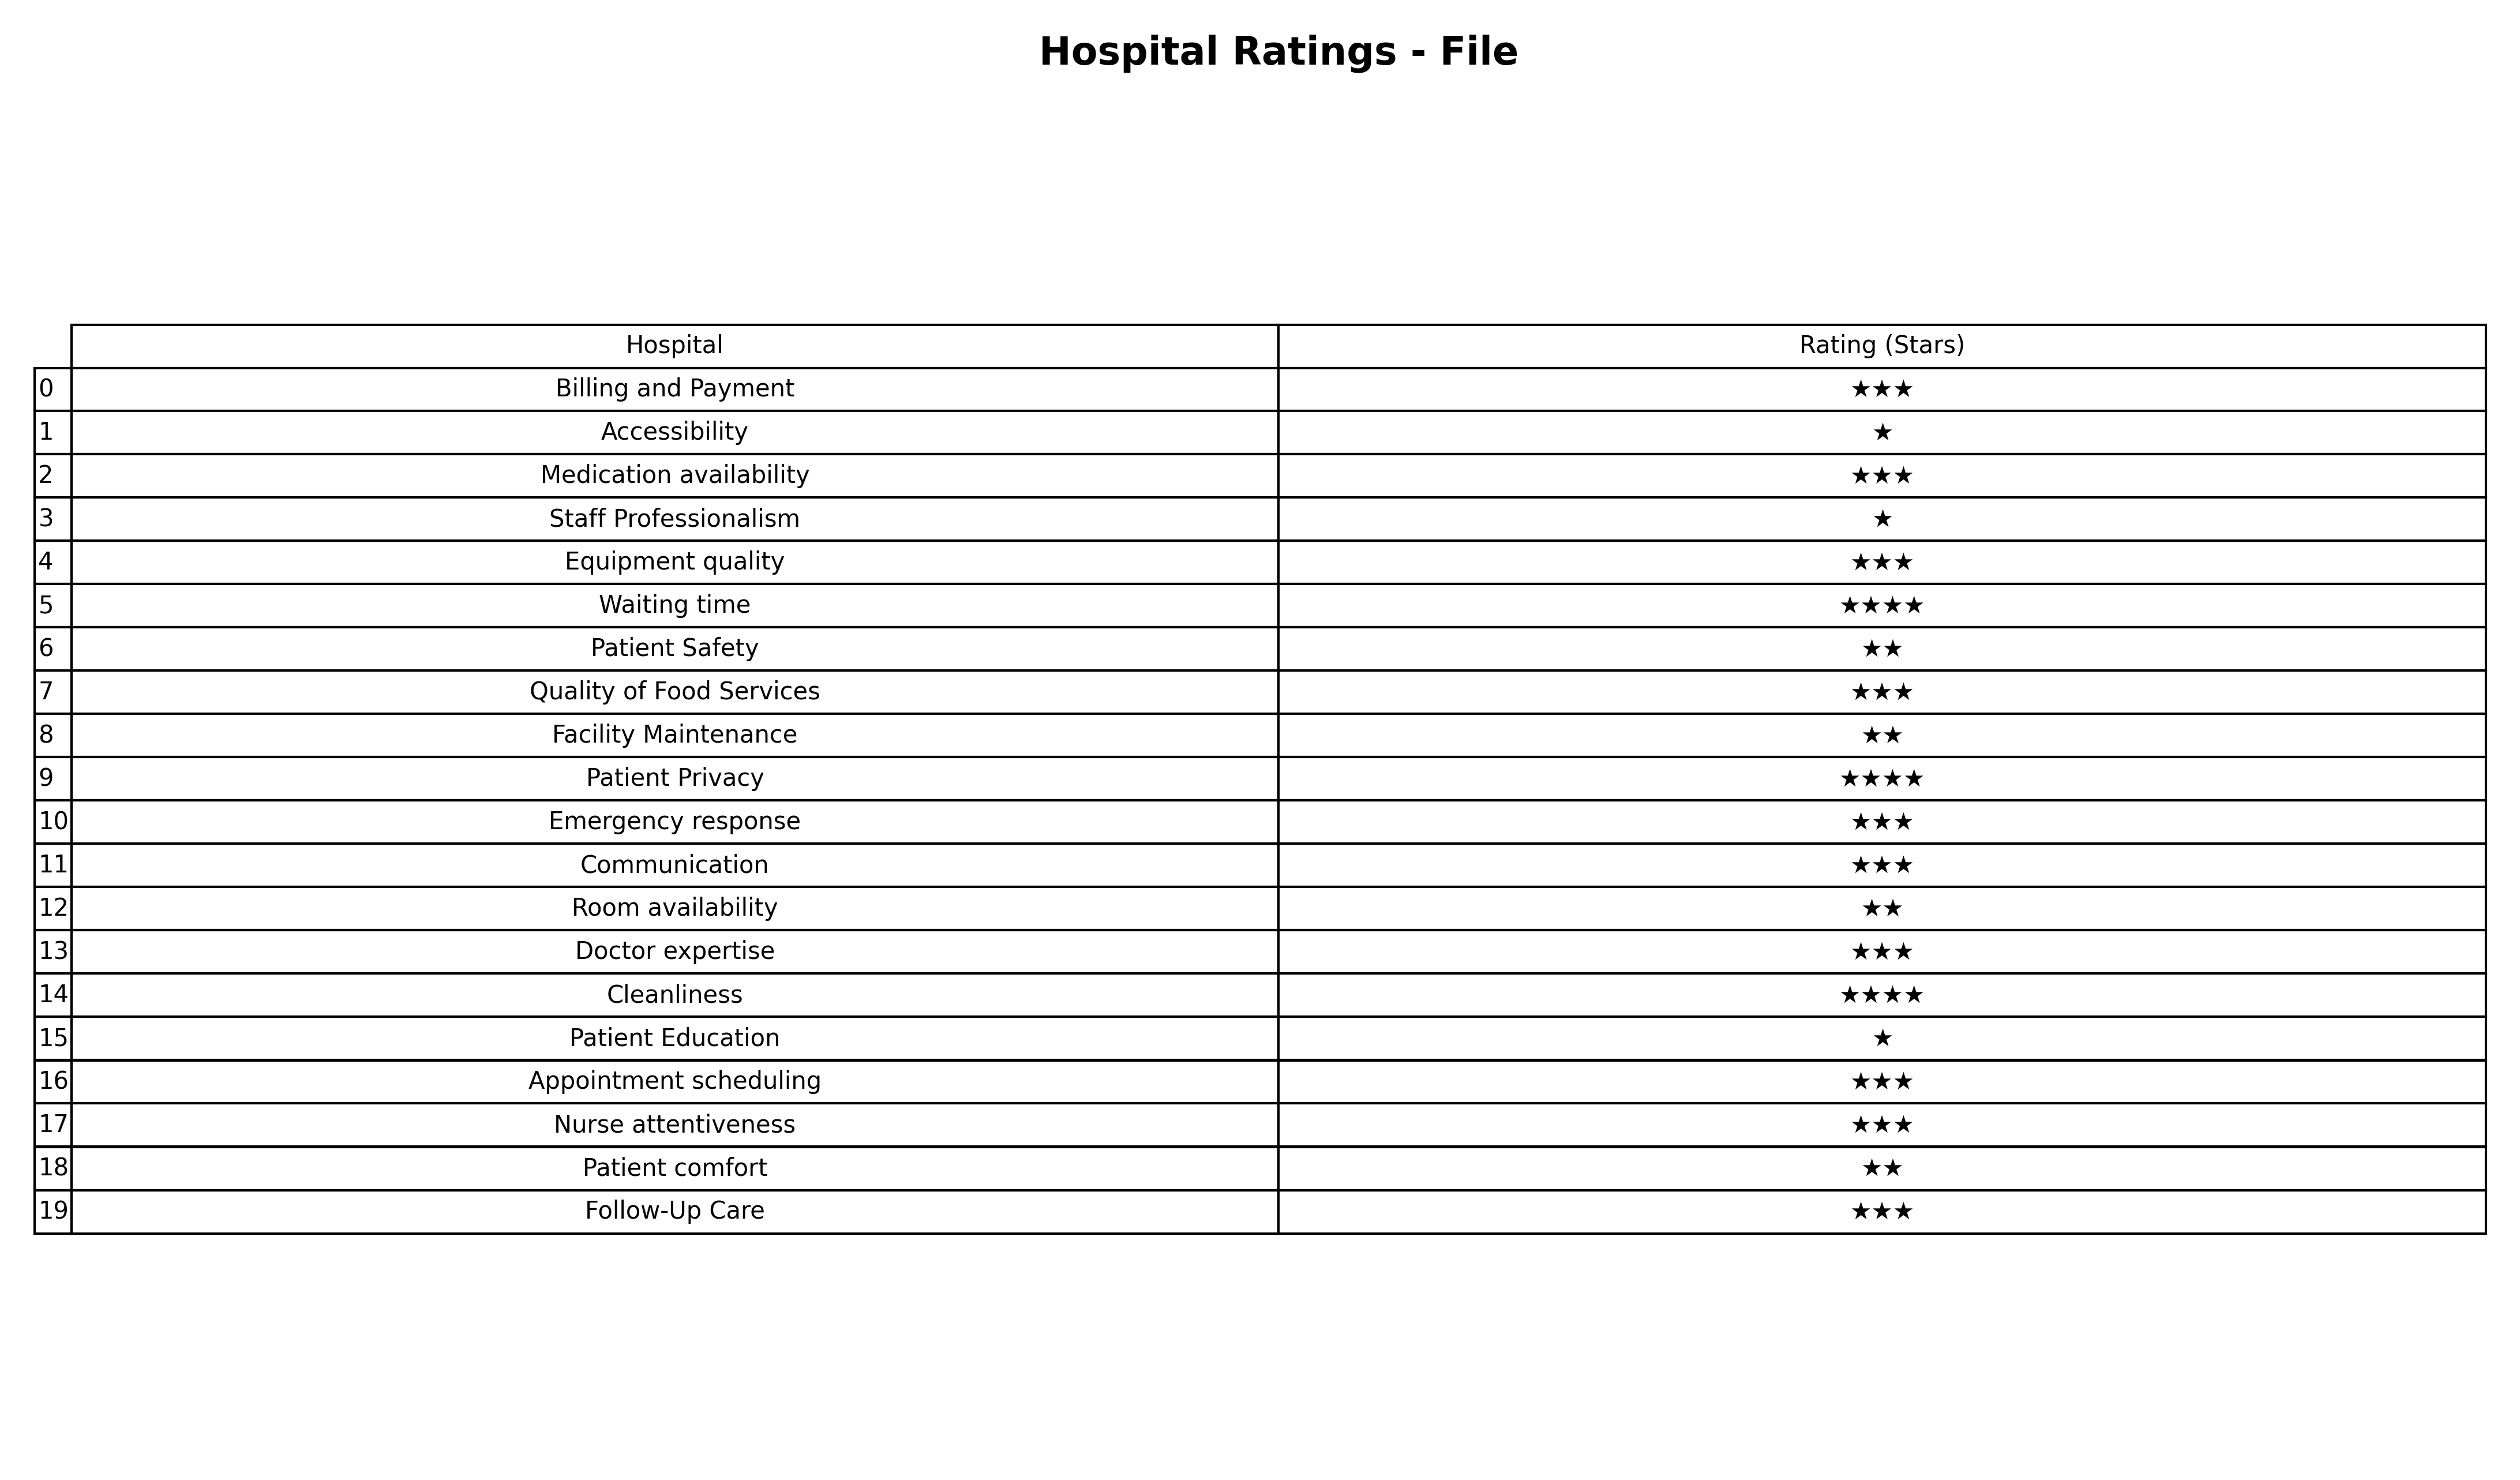
question: What is the rating of Patient Education?
answer: ★